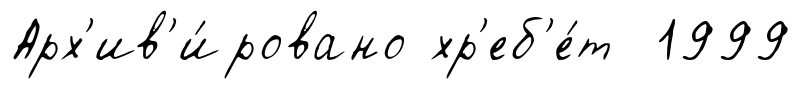
Арх'ив'и́ровано хр'еб'е́т 1999